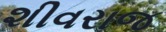
શીવરાજ